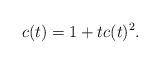
LaTeX: \begin{align*} c(t) = 1+tc(t)^2.\end{align*}